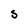
Character: S